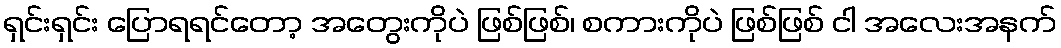
ရှင်းရှင်း ပြောရရင်တော့ အတွေးကိုပဲ ဖြစ်ဖြစ်၊ စကားကိုပဲ ဖြစ်ဖြစ် ငါ အလေးအနက်